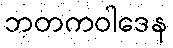
ဘတကဝါဒေန